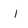
Character: I